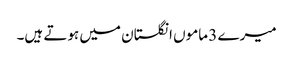
میرے 3 ماموں انگلستان میں ہوتے ہیں۔